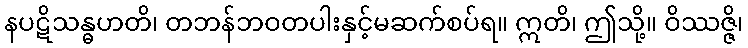
နပဋိသန္ဓဟတိ၊ တဘန်ဘဝတပါးနှင့်မဆက်စပ်ရ။ ဣတိ၊ ဤသို့။ ဝိဿဇ္ဇိ၊